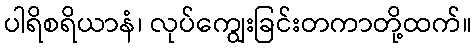
ပါရိစရိယာနံ၊ လုပ်ကျွေးခြင်းတကာတို့ထက်။